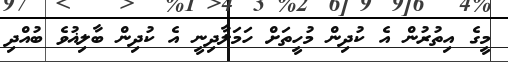
މީގެ އިތުރުން އެ ކުދިން މުހީތަށް ހަމަލާދިނީ އެ ކުދިން ބާލިޣުވެ ބުއްދި